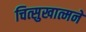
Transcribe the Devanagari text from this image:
चित्सुखात्मने